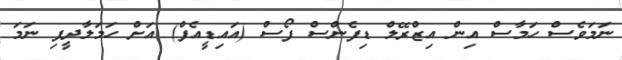
ނަމަވެސް ހަމާސް އިން އިޒްރޭލް ޑިފެންސް ފޯސް (އައިޑީއެފް) އަށް ހަމަލާދީފި ނަމަ